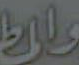
والط